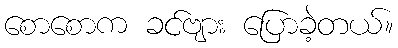
စောစောက ခင်ဗျား ပြောခဲ့တယ်။